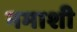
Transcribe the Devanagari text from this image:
नमाशी